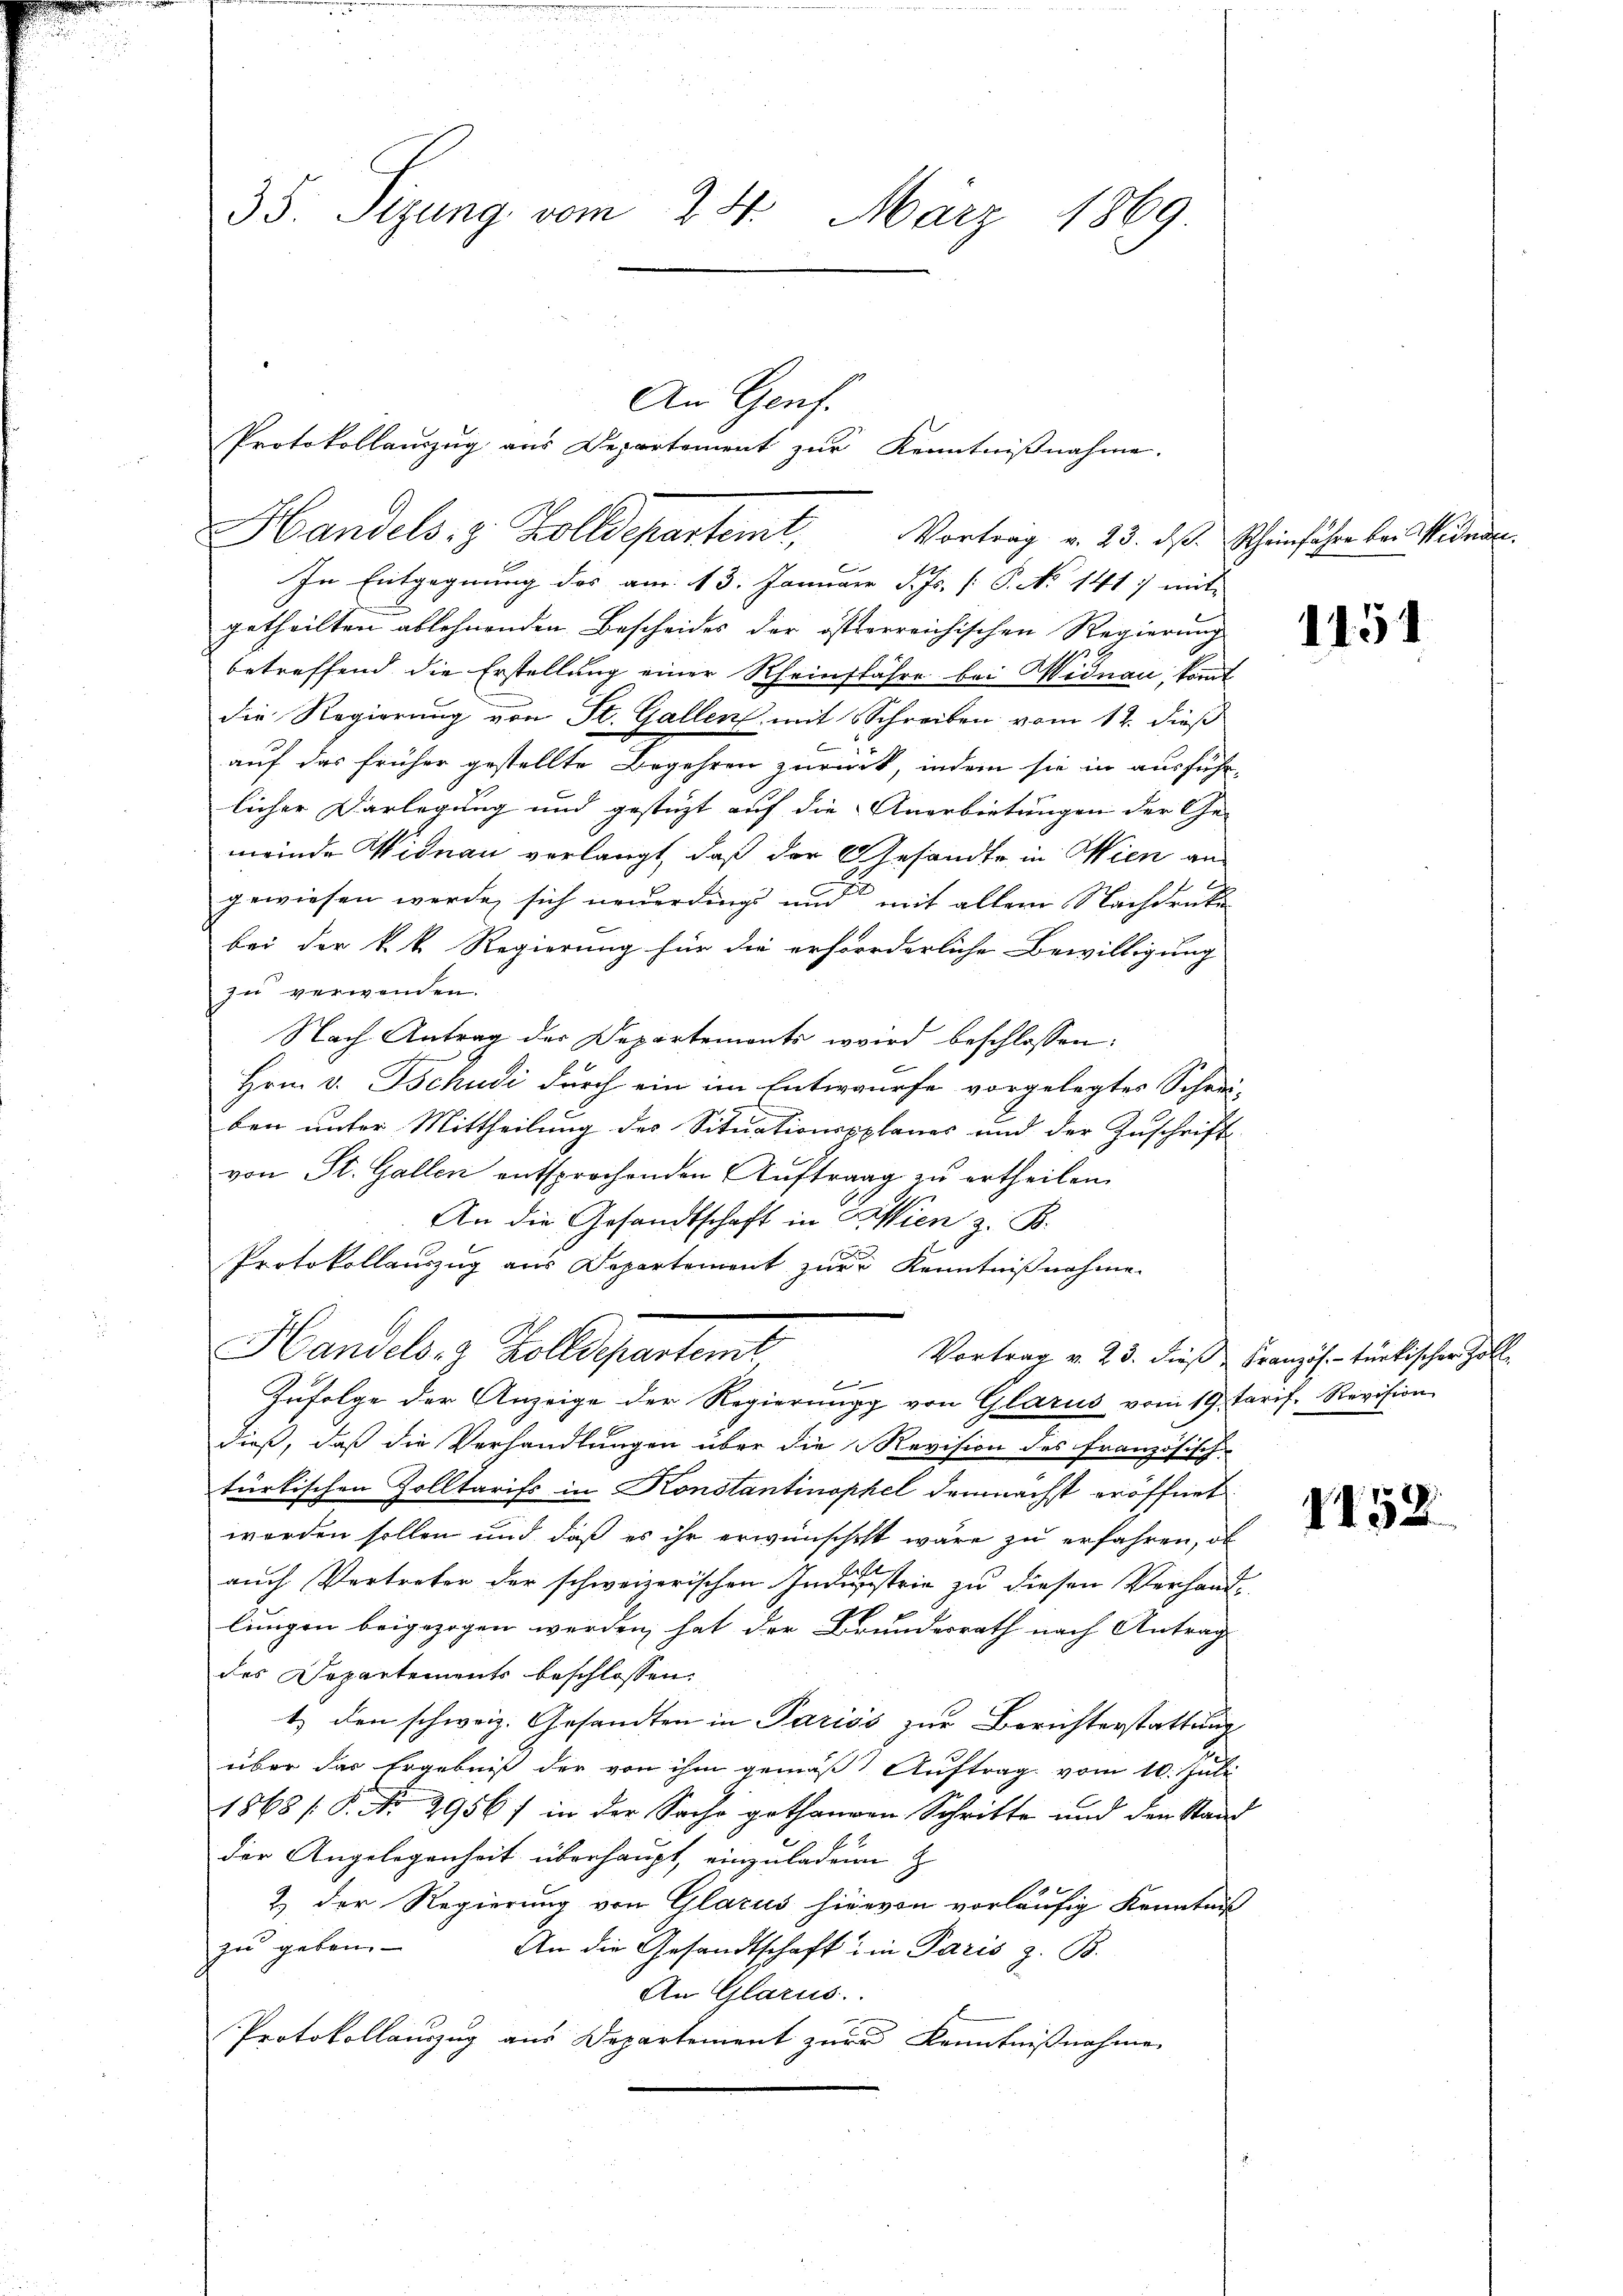
35. Sizung vom 24. März 1869

Protokollauszug aus Departement zur Kenntnißnahme.
Handels- & Zolldepartemt,
Vortrag v. 23. ds. Rheinfahre bei Widman
In Entgegnung des am 13. Januar d. Js. [P. No 141) mit
getheilten ablehnenden Bescheides der österreichischen Regierung
betreffend die Erstellung einer Rheinflähre bei Widnau, komt
die Regierung von St. Gallen mit Schreiben vom 12. dieß
6
auf das früher gestellte Begehren zurück, indem sie in ausführ-
licher Darlegung und gestüzt auf die Anerbietungen der Ge- |
meinde Widnau verlangt, daß der Gesandte in Wien an
gewiesen werde sich neuerdings und mit allem Nachdruke
bei der k. k. Regierung für die erforderliche Bewilligung
zu verwenden.
Nach Antrag der Departemonts wird beschlossen:
Hrn. v. Tschudi durch ein im Entwurfe vorgelegtes Schrei-
ben unter Mittheilung des Situationssplanes und der Zuschrift
von St. Gallen entsprochenden Auftrag zu ertheilen.
An die Gesandtschaft in Krien z. B.
Protokollauszug aus Departement zur Kenntnißnahme.
Handels- & Zolldepartemb
Vortrag v. 23. dieß Französ. - türkischer Zoll
e
Zufolge der Anzeige der Regierung von Glarus vom 14. Tarif. Revision
dieß, daß die Verhandlungen über die Revision des französisch-
türkischen Zolltarifs in Konstantinophel demnächst eröffnet
werden sollen und daß es ihr erwünschet wäre zu erfahren, ob
auch Vertreter der schweizerischen Industrie zu diesen Verhandlungen beigezogen werden, hat der Brundesrath nach Antrag
des Departements beschlossen:
t) den schweiz. Gesandten in Pariss zur Berichterstattung
über das Ergebniß der von ihm gemäß Auftrag vom 10. Juli
1868 / P. Nr. 2956) in der Sache gethangen Schritte und den Stand
der Angelegenheit überhaupt, einzuladene Z
2.) Der Regierung von Glarus hiervon vorläufig Kenntniß
zu geben.
An die Gesandtschaft in Paris z. B.
An Glarus.
Protokollauszug aus Departement zur Kenntnißnahme

An Genf.

1151

1152